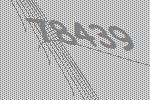
78439